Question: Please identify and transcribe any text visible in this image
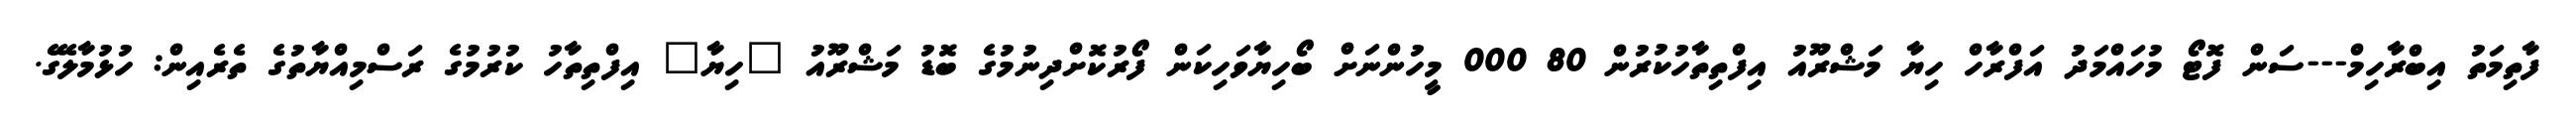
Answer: ފާތިމަތު އިބްރާހިމް---ސަން ފޮޓޯ މުހައްމަދު އަފްރާހް ހިޔާ މަޝްރޫއު އިފްތިތާހުކުރުން 80 000 މީހުންނަށް ބޯހިޔާވަހިކަން ފޯރުކޮށްދިނުމުގެ ބޮޑު މަޝްރޫއު "ހިޔާ" އިފްތިތާހު ކުރުމުގެ ރަސްމިއްޔާތުގެ ތެރެއިން: ހުޅުމާލޭގެ.